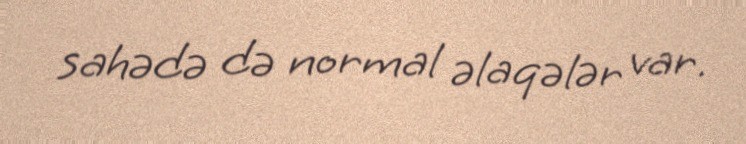
sahədə də normal əlaqələr var.